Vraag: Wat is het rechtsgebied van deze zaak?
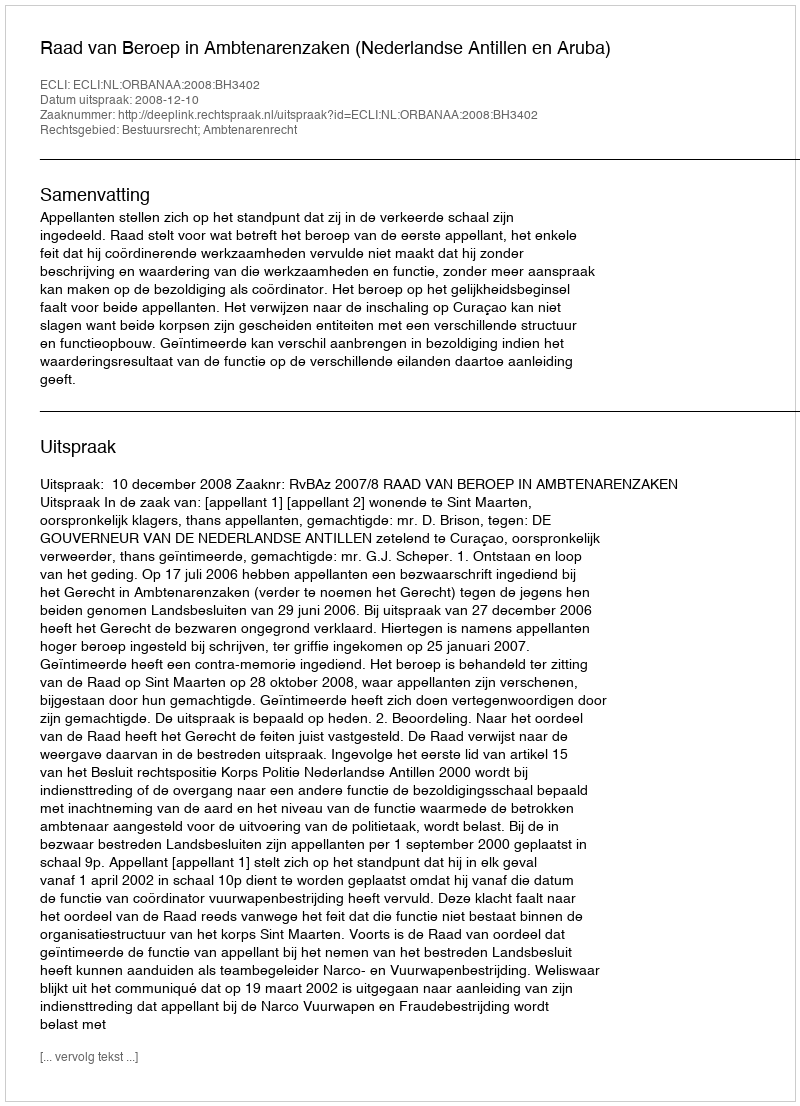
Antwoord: Bestuursrecht; Ambtenarenrecht